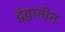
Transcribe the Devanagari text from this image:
द्वंद्वातीतं